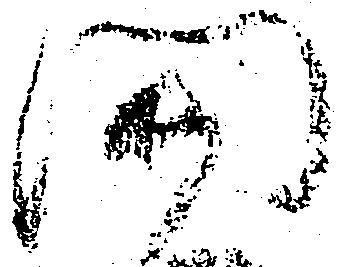
関